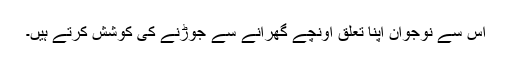
اس سے نوجوان اپنا تعلق اونچے گھرانے سے جوڑنے کی کوشش کرتے ہیں۔